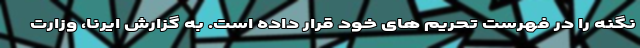
نگنه را در فهرست تحریم های خود قرار داده است. به گزارش ایرنا، وزارت